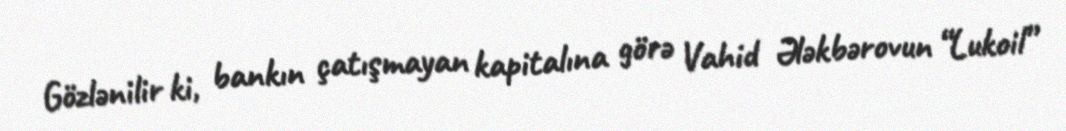
Gözlənilir ki, bankın çatışmayan kapitalına görə Vahid Ələkbərovun “Lukoil”